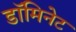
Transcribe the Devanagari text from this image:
डॉमिनेट